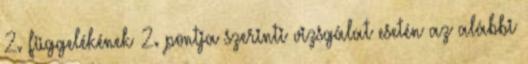
2. függelékének 2. pontja szerinti vizsgálat esetén az alábbi